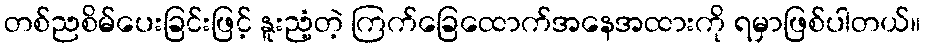
တစ်ညစိမ်ပေးခြင်းဖြင့် နူးညံ့တဲ့ ကြက်ခြေထောက်အနေအထားကို ရမှာဖြစ်ပါတယ်။